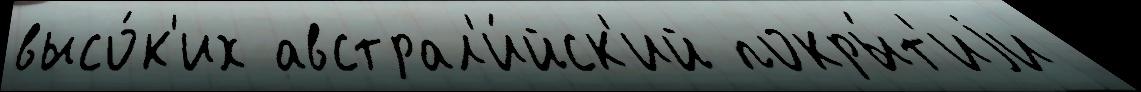
высо́к'их австрал'и́йск'ий покры́т'иjи